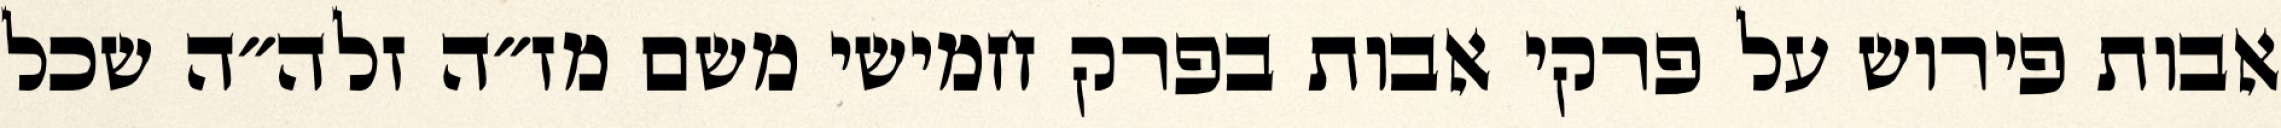
אבות פירוש על פרקי אבות בפרק חמישי משם מז״ה זלה״ה שכל